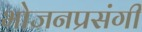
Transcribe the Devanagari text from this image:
भोजनप्रसंगी